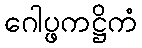
ဂေါပ္ဖကဋ္ဌိကံ